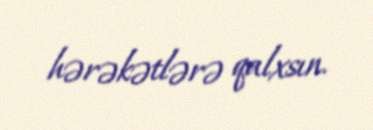
hərəkətlərə qalxsın.